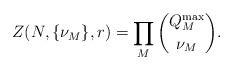
\begin{align*}Z(N,\{\nu_M\},r)=\prod_{M}{Q_M^{\max} \choose \nu_M}.\end{align*}